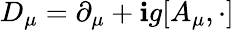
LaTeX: D_{\mu}=\partial_{\mu}+\mathbf{i}g[A_{\mu},\cdot]